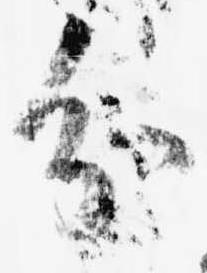
分